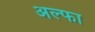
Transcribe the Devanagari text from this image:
अल्‍फा